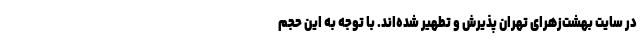
در سایت بهشت‌زهرای تهران پذیرش و تطهیر شده‌اند. با توجه به این حجم